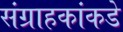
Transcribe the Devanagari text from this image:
संग्राहकांकडे